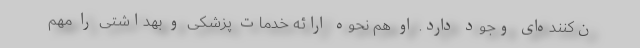
ن‌کننده‌ای وجود دارد. او هم نحوه ارائه خدمات پزشکی و بهداشتی را مهم